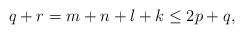
LaTeX: \begin{align*}q+r=m+n+l+k\leq 2p+q,\end{align*}